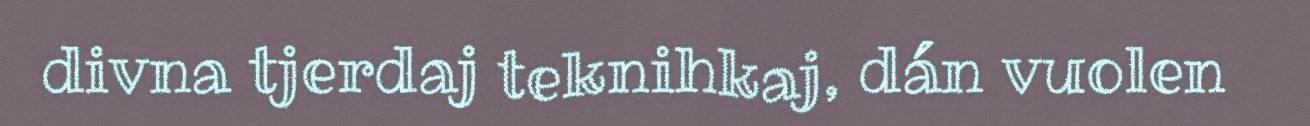
divna tjerdaj teknihkaj, dán vuolen